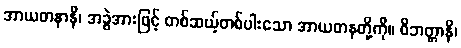
အာယတနာနိ၊ အခွဲအားဖြင့် တစ်ဆယ့်တစ်ပါးသော အာယတနတို့ကို။ ဝိဘတ္တာနိ၊